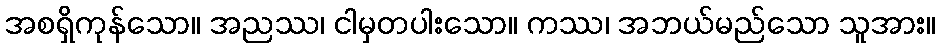
အစရှိကုန်သော။ အညဿ၊ ငါမှတပါးသော။ ကဿ၊ အဘယ်မည်သော သူအား။